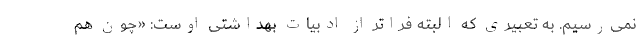
نمی‌رسیم. به تعبیری که البته فراتر از ادبیات بهداشتی اوست: «چون هم